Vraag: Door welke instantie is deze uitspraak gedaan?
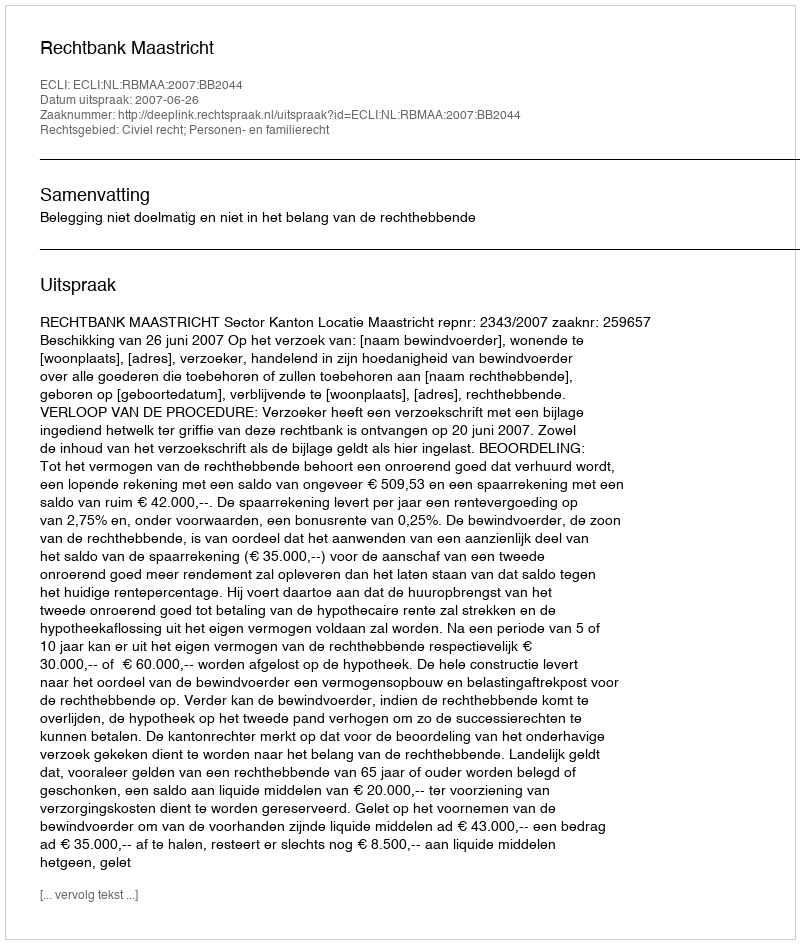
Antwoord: Rechtbank Maastricht